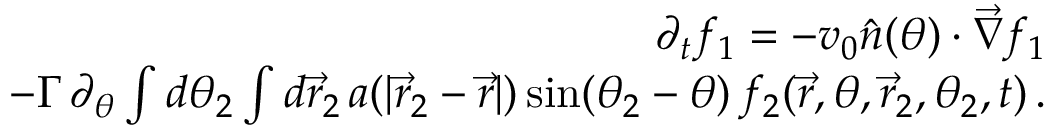
\begin{array} { r l r } & { } & { \partial _ { t } f _ { 1 } = - v _ { 0 } \hat { n } ( \theta ) \cdot \vec { \nabla } f _ { 1 } } \\ & { } & { - \Gamma \, \partial _ { \theta } \int d \theta _ { 2 } \int d \vec { r } _ { 2 } \, a ( | \vec { r } _ { 2 } - \vec { r } | ) \, \mathrm { s i n } ( \theta _ { 2 } - \theta ) \, f _ { 2 } ( \vec { r } , \theta , \vec { r } _ { 2 } , \theta _ { 2 } , t ) \, . } \end{array}